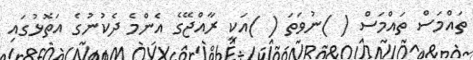
ތައްމަސް ތައްމަސް ( )ނުވަތަ ( )އަކީ ރާއްޖޭގެ އެންމެ ދެކުނުގެ އަތޮޅުގައި